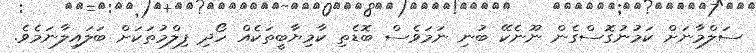
ސަލްމާނަށް ކަމުނުގޮސްގެން ނޫނެކޭ ބުނި ނަމަވެސް ބޮޑެތި ކާމިޔާބީތަކެއް ހޯދި ފިލްމުތަކަށް ބަލައިލާނަމެވެ.